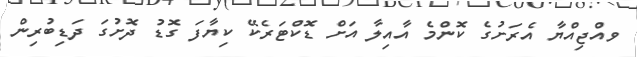
ވއްޖިއްޔާ އެރަށުގެ ކޮންމެ އާއިލާ އަށް ޑޮކްޓަރެކޭ ކިޔާފަ ގޮޑު ދޮށުގަ ދަޑިބުރިން